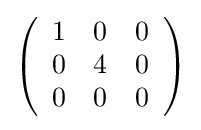
{\textstyle \left({\begin{array}{rrr}1&0&0\\0&4&0\\0&0&0\\\end{array}}\right)}